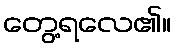
တွေ့ရလေ၏။